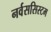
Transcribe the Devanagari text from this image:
नर्वससिस्टम